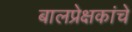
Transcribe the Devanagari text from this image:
बालप्रेक्षकांचे